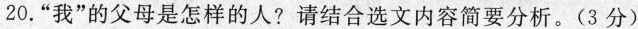
20.“我”的父母是怎样的人?请结合选文内容简要分析。(3 分)